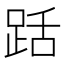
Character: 䟯